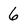
Character: 6